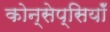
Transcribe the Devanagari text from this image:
कोन्सेप्सियॉँ